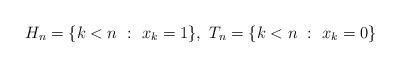
LaTeX: \begin{align*}H_n=\{k<n\ :\ x_k=1\},\ T_n=\{k<n\ :\ x_k=0\}\end{align*}